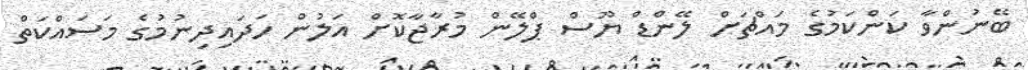
ބޭނުންވާ ކަންކަމުގެ މައްޗަށް ލޭންޑް ޔޫސް ޕްލޭން މުރާޖާކޮށް އަލުން ހަދައިދިނުމުގެ މަސައްކަތް